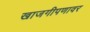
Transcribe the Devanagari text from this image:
खाजगीपणावर